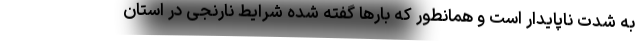
به شدت ناپایدار است و همانطور که بارها گفته شده شرایط نارنجی در استان